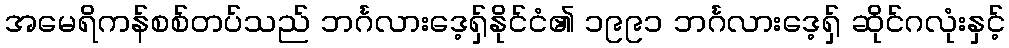
အမေရိကန်စစ်တပ်သည် ဘင်္ဂလားဒေ့ရှ်နိုင်ငံ၏ ၁၉၉၁ ဘင်္ဂလားဒေ့ရှ် ဆိုင်ဂလုံးနှင့်